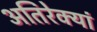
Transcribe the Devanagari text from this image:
अतिरेक्यां